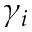
\gamma _ { i }